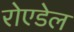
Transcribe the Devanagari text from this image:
रोएडेल